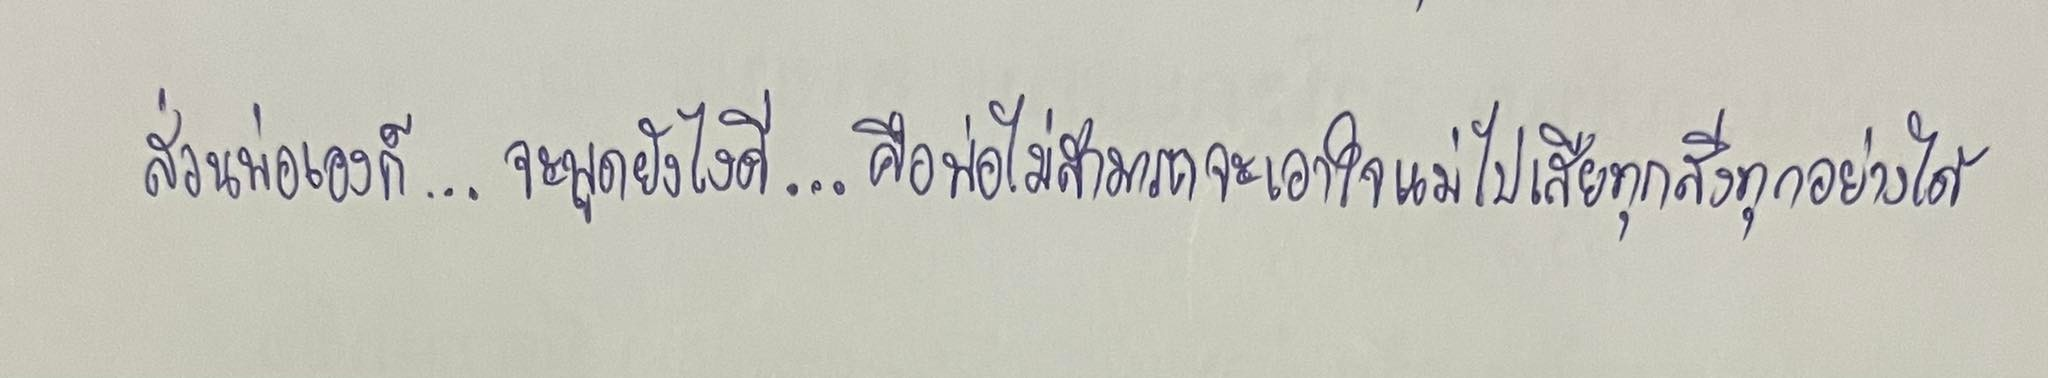
ส่วนพ่อเองก็...จะพูดยังไงดี...คือพ่อไม่สามารถจะเอาใจแม่ไปเสียทุกสิ่งทุกอย่างได้